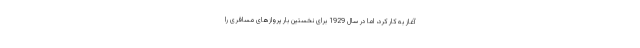
آغاز به کار کرد، اما در سال 1929 برای نخستین بار پروازهای مسافری را